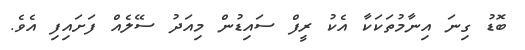
ބޮޑު ގިނަ އިނާމުތަކަކާ އެކު ރީފް ސައިޑުން މިއަދު ސޭލެއް ފަށައިފި އެވެ.